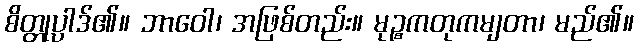
စိတ္တုပ္ပါဒ်၏။ ဘာဝေါ၊ အဖြစ်တည်း။ မုဉ္စကတုကမျတာ၊ မည်၏။